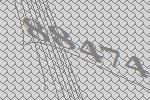
88474